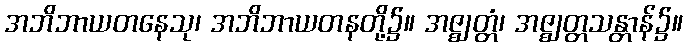
အဘိဘာယတနေသု၊ အဘိဘာယတနတို့၌။ အဇ္ဈတ္တံ၊ အဇ္ဈတ္တသန္တာန်၌။